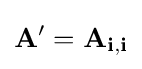
\mathbf {A} '=\mathbf {A} _{\mathbf {i} ,\mathbf {i} }